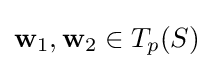
\mathbf {w} _{1},\mathbf {w} _{2}\in T_{p}(S)